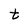
Character: t